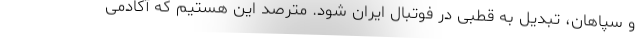
و سپاهان، تبدیل به قطبی در فوتبال ایران شود. مترصد این هستیم که آکادمی